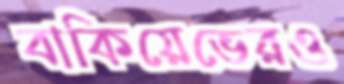
বাকিয়েভেরও